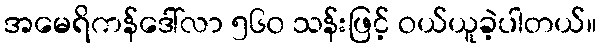
အမေရိကန်ဒေါ်လာ ၅၆၀ သန်းဖြင့် ဝယ်ယူခဲ့ပါတယ်။